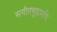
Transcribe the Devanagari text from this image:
सगीतचूड़ामणि